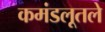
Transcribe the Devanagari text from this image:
कमंडलूतले